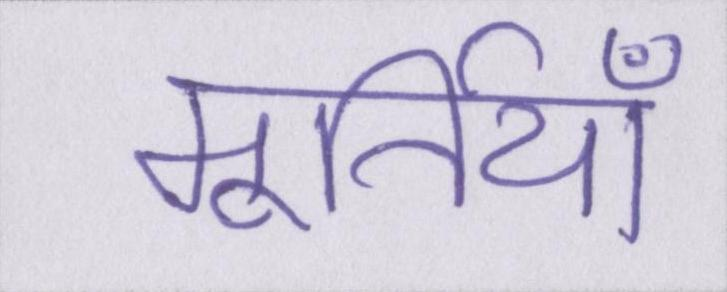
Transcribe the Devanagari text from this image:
मूर्तियाँ